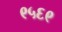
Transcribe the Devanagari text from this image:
९५६९